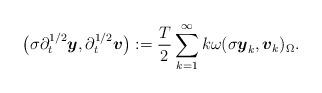
LaTeX: \begin{align*} \big(\sigma \partial^{1/2}_t \boldsymbol{y}, \partial^{1/2}_t \boldsymbol{v}\big) := \frac{T}{2} \sum_{k=1}^{\infty} k \omega (\sigma \boldsymbol{y}_k,\boldsymbol{v}_k)_{\Omega}.\end{align*}